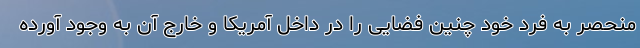
منحصر به فرد خود چنین فضایی را در داخل آمریکا و خارج آن به وجود آورده